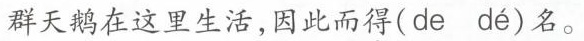
群天鹅在这里生活，因此而得(de dé)名。